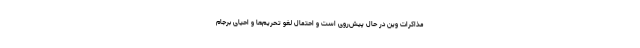
مذاکرات وین در حال پیش‌روی است و احتمال لغو تحریم‌ها و احیای برجام